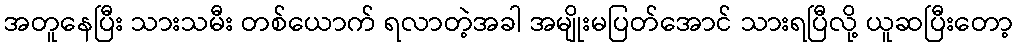
အတူနေပြီး သားသမီး တစ်ယောက် ရလာတဲ့အခါ အမျိုးမပြတ်အောင် သားရပြီလို့ ယူဆပြီးတော့